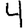
Digit: 4